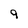
Character: 9